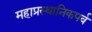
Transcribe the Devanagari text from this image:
महाप्रस्थानिकपर्व